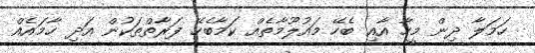
ހަމަލާ ދިން މީހާ އާއި ބެހޭ މައުލޫމާތެއް ކަމާބެހޭ ފަރާތްތަކުން އަދި ހާމައެއް